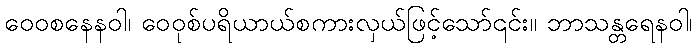
ဝေဝစနေနဝါ၊ ဝေဝုစ်ပရိယာယ်စကားလှယ်ဖြင့်သော်၎င်း။ ဘာသန္တရေနဝါ၊